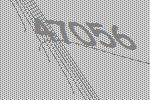
47056